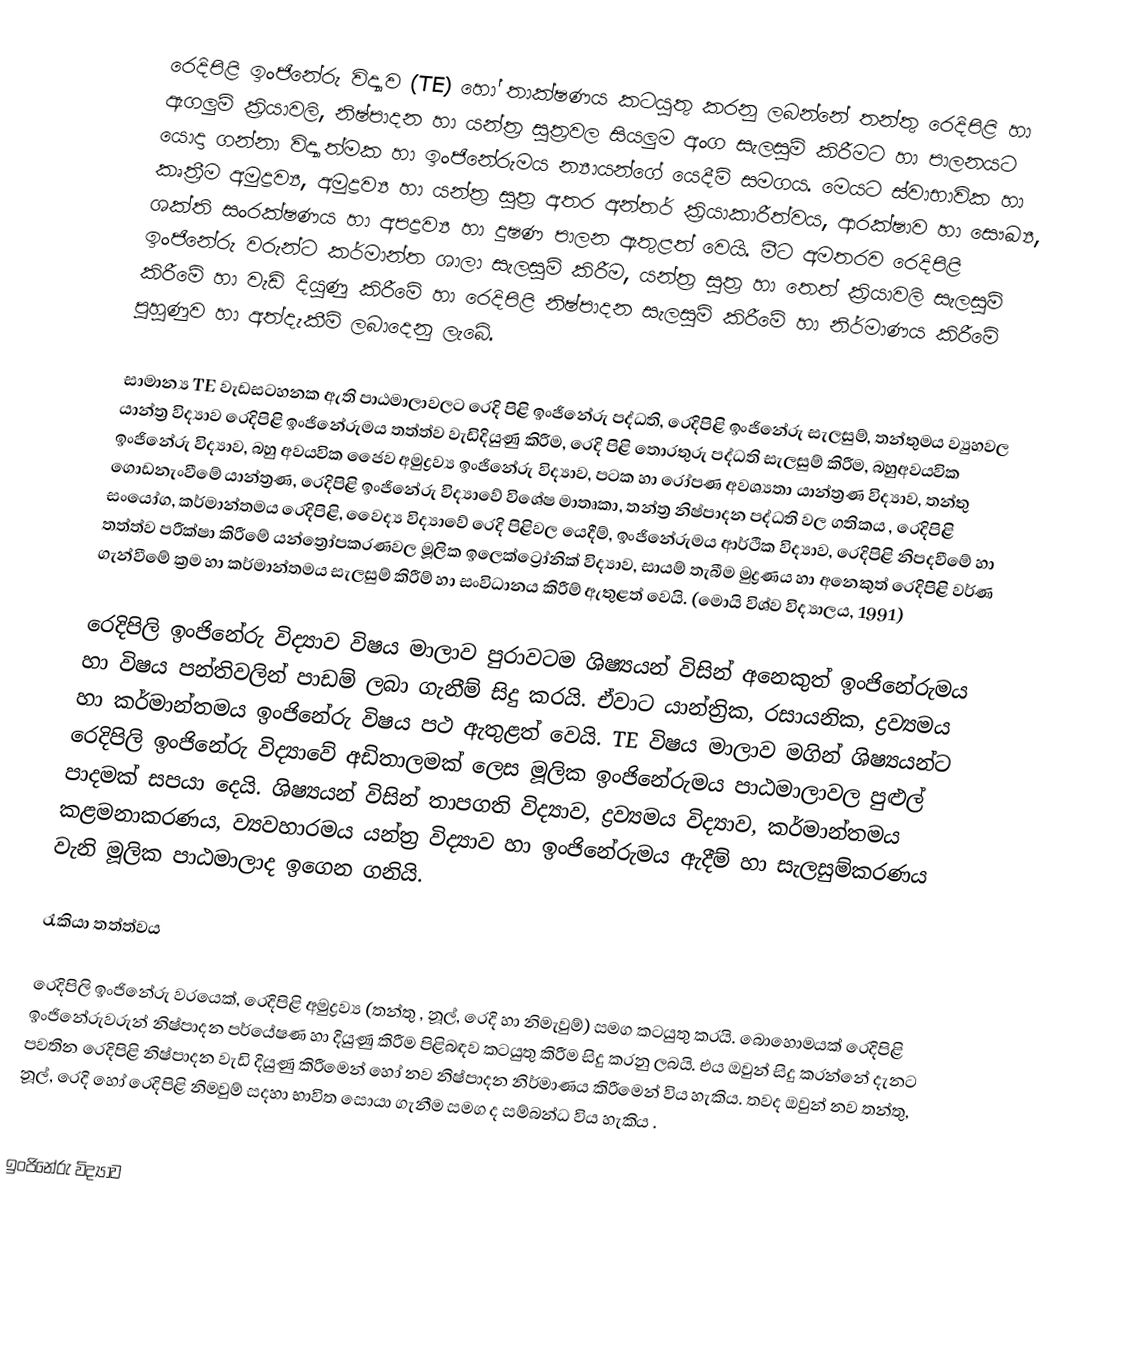
රෙදිපිළි ඉංජිනේරු විද්‍යාව (TE) හෝ තාක්ෂණය කටයුතු කරනු ලබන්නේ තන්තු රෙදිපිළි හා ඇගලුම් ක්‍රියාවලි, නිෂ්පාදන හා යන්ත්‍ර සුත්‍රවල සියලුම අංග සැලසුම් කිරීමට හා පාලනයට යොදා ගන්නා විද්‍යාත්මක හා ඉංජිනේරුමය න්‍යායන්ගේ යෙදීම් සමගය. මෙයට ස්වාභාවික හා කෘත්‍රීම අමුද්‍රව්‍ය, අමුද්‍රව්‍ය හා යන්ත්‍ර සුත්‍ර අතර අන්තර් ක්‍රියාකාරීත්වය, ආරක්ෂාව හා සෞඛ්‍ය, ශක්ති සංරක්ෂණය හා අපද්‍රව්‍ය හා දුෂණ පාලන ඇතුළත් වෙයි. මීට අමතරව රෙදිපිළි ඉංජිනේරු වරුන්ට කර්මාන්ත ශාලා සැලසුම් කිරීම, යන්ත්‍ර සුත්‍ර හා තෙත් ක්‍රියාවලි සැලසුම් කිරීමේ හා වැඩි දියුණු කිරීමේ හා රෙදිපිළි නිෂ්පාදන සැලසුම් කිරීමේ හා නිර්මාණය කිරීමේ පුහුණුව හා අත්දැකීම් ලබාදෙනු ලැබේ.

සාමාන්‍ය TE වැඩසටහනක ඇති පාඨමාලාවලට රෙදි පිළි ඉංජිනේරු පද්ධති, රෙදිපිළි ඉංජිනේරු සැලසුම්, තන්තුමය ව්‍යුහවල යාන්ත්‍ර විද්‍යාව රෙදිපිළි ඉංජිනේරුමය තත්ත්ව වැඩිදියුණු කිරීම, රෙදි පිළි තොරතුරු පද්ධති සැලසුම් කිරීම, බහුඅවයවික ඉංජිනේරු විද්‍යාව, බහු අවයවික ජෛව අමුද්‍රව්‍ය ඉංජිනේරු විද්‍යාව, පටක හා රෝපණ අවශ්‍යතා යාන්ත්‍රණ විද්‍යාව, තන්තු ගොඩනැංවීමේ යාන්ත්‍රණ, රෙදිපිළි ඉංජිනේරු විද්‍යාවේ විශේෂ මාතෘකා, තන්ත්‍ර නිෂ්පාදන පද්ධති වල ගතිකය , රෙදිපිළි සංයෝග, කර්මාන්තමය රෙදිපිළි, වෛද්‍ය විද්‍යාවේ රෙදි පිළිවල යෙදීම්, ඉංජිනේරුමය ආර්ථික විද්‍යාව, රෙදිපිළි නිපදවීමේ හා තත්ත්ව පරීක්ෂා කිරීමේ යන්ත්‍රෝපකරණවල මූලික ඉලෙක්ට්‍රෝනික් විද්‍යාව, සායම් තැබීම මුද්‍රණය හා අනෙකුත් රෙදිපිළි වර්ණ ගැන්වීමේ ක්‍රම හා කර්මාන්තමය සැලසුම් කිරීම් හා සංවිධානය කිරීම් ඇතුළත් වෙයි. (මොයි විශ්ව විද්‍යාලය, 1991)

රෙදිපිලි ඉංජිනේරු විද්‍යාව විෂය මාලාව පුරාවටම ශිෂ්‍යයන් විසින් අනෙකුත් ඉංජිනේරුමය හා විෂය පන්තිවලින් පාඩම් ලබා ගැනීම් සිදු කරයි. ඒවාට යාන්ත්‍රික, රසායනික, ද්‍රව්‍යමය හා කර්මාන්තමය ඉංජිනේරු විෂය පථ ඇතුළත් වෙයි. TE විෂය මාලාව මගින් ශිෂ්‍යයන්ට රෙදිපිලි ඉංජිනේරු විද්‍යාවේ අඩිතාලමක් ලෙස මූලික ඉංජිනේරුමය පාඨමාලාවල පුළුල් පාදමක් සපයා දෙයි. ශිෂ්‍යයන් විසින් තාපගති විද්‍යාව, ද්‍රව්‍යමය විද්‍යාව, කර්මාන්තමය කළමනාකරණය, ව්‍යවහාරමය යන්ත්‍ර විද්‍යාව හා ඉංජිනේරුමය ඇදීම් හා සැලසුම්කරණය වැනි මූලික පාඨමාලාද ඉගෙන ගනියි.

රැකියා තත්ත්වය

රෙදිපිලි ඉංජිනේරු වරයෙක්, රෙදිපිළි අමුද්‍රව්‍ය (තන්තු , නූල්, රෙදි හා නිමැවුම්) සමග කටයුතු කරයි. බොහොමයක් රෙදිපිළි ඉංජිනේරුවරුන් නිෂ්පාදන පර්යේෂණ හා දියුණු කිරීම පිළිබඳව කටයුතු කිරීම සිදු කරනු ලබයි. එය ඔවුන් සිදු කරන්නේ දැනට පවතින රෙදිපිළි නිෂ්පාදන වැඩි දියුණු කිරීමෙන් හෝ නව නිෂ්පාදන නිර්මාණය කිරීමෙන් විය හැකිය. තවද ඔවුන් නව තන්තු, නූල්, රෙදි හෝ රෙදිපිළි නිමවුම් සදහා භාවිත සොයා ගැනීම සමග ද සම්බන්ධ විය හැකිය .

ඉංජිනේරු විද්‍යාව